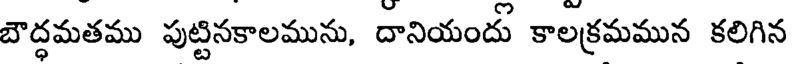
బౌద్ధమతము పుట్టినకాలమును, దానియందు కాలక్రమమున కలిగిన